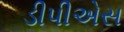
ડીપીએસ